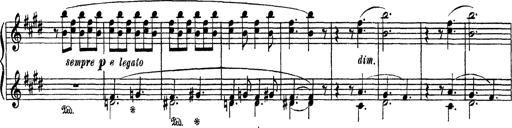
Title: AnnÃ©es de PÃ¨lerinage III
Composer: Franz Liszt